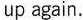
up again.